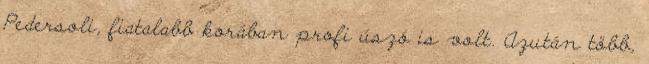
Pedersoli, fiatalabb korában profi úszó is volt. Azután több,